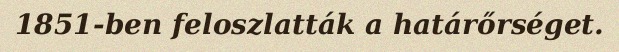
1851-ben feloszlatták a határőrséget.